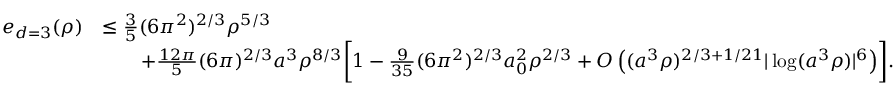
\begin{array} { r l } { e _ { d = 3 } ( \rho ) } & { \leq \frac { 3 } { 5 } ( 6 \pi ^ { 2 } ) ^ { 2 / 3 } \rho ^ { 5 / 3 } } \\ & { \qquad + \frac { 1 2 \pi } { 5 } ( 6 \pi ) ^ { 2 / 3 } a ^ { 3 } \rho ^ { 8 / 3 } \biggl [ 1 - \frac { 9 } { 3 5 } ( 6 \pi ^ { 2 } ) ^ { 2 / 3 } a _ { 0 } ^ { 2 } \rho ^ { 2 / 3 } + O \left( ( a ^ { 3 } \rho ) ^ { 2 / 3 + 1 / 2 1 } | \log ( a ^ { 3 } \rho ) | ^ { 6 } \right) \biggr ] . } \end{array}